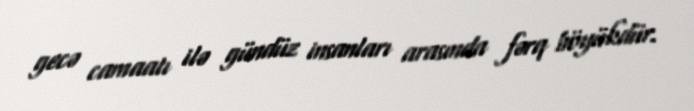
gecə camaatı ilə gündüz insanları arasında fərq böyükdür.